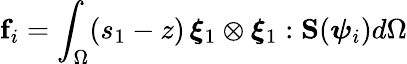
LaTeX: \mathbf{f}_{i}=\int_{\Omega}(s_{1}-z)\, \boldsymbol{\xi}_{1}\otimes\boldsymbol{\xi}_{1}:\mathbf{S}(\boldsymbol{\psi}_{i})d\Omega